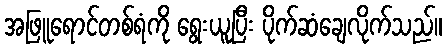
အဖြူရောင်တစ်ရံကို ရွေးယူပြီး ပိုက်ဆံချေလိုက်သည်။